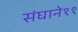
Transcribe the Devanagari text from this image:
संघाने११